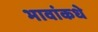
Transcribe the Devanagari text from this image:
भावांकधे